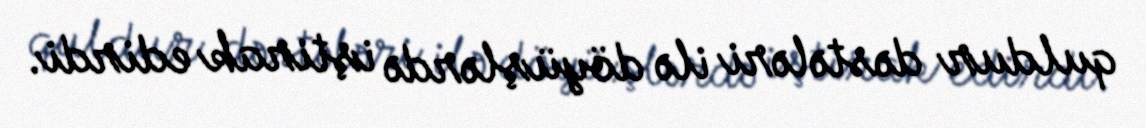
quldur dəstələri ilə döyüşlərdə iştirak edirdi.